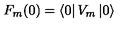
F _ { m } ( 0 ) = \left\langle 0 \right| V _ { m } \left| 0 \right\rangle